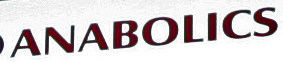
ANABOLICS